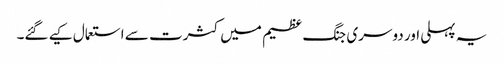
یہ پہلی اور دوسری جنگ عظیم میں کثرت سے استعمال کیے گئے۔